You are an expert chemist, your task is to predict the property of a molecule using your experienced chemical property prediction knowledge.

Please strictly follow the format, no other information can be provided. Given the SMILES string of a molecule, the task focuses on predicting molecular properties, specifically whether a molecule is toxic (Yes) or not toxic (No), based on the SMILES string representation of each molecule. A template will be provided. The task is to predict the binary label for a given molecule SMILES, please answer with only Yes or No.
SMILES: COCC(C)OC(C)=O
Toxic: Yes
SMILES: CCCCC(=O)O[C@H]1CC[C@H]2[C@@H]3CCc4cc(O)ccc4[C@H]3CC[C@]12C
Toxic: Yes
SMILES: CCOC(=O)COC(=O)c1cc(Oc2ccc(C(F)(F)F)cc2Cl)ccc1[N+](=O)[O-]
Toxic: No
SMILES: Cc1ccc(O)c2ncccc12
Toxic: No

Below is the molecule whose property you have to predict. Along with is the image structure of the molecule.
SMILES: O=S(=O)(c1ccc(Cl)cc1)c1cc(Cl)c(Cl)cc1Cl
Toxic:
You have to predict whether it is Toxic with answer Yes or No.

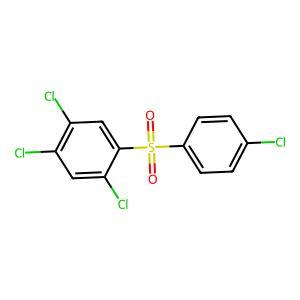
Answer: No